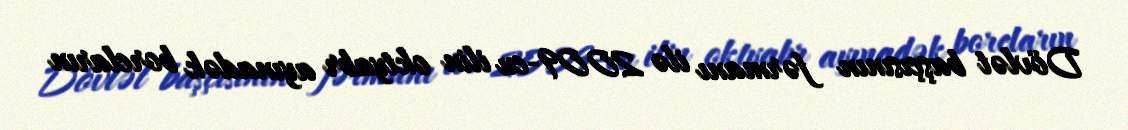
Dövlət başçısının fərmanı ilə 2009-cu ilin oktyabr ayınadək borcların